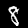
Digit: 8